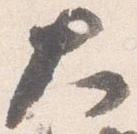
大